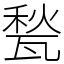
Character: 甃